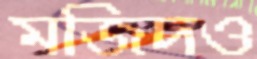
মজিদও